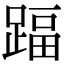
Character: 踾